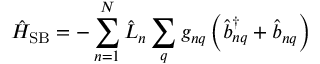
\hat { H } _ { \mathrm { S B } } = - \sum _ { n = 1 } ^ { N } \hat { L } _ { n } \sum _ { q } g _ { n q } \left( \hat { b } _ { n q } ^ { \dagger } + \hat { b } _ { n q } \right)